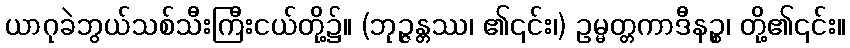
ယာဂုခဲဘွယ်သစ်သီးကြီးငယ်တို့၌။ (ဘုဉ္ဇန္တဿ၊ ၏၎င်း၊) ဥမ္မတ္တကာဒီနဉ္စ၊ တို့၏၎င်း။